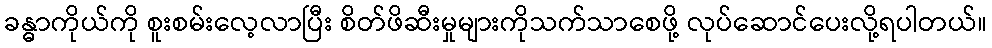
ခန္ဓာကိုယ်ကို စူးစမ်းလေ့လာပြီး စိတ်ဖိဆီးမှုများကိုသက်သာစေဖို့ လုပ်ဆောင်ပေးလို့ရပါတယ်။